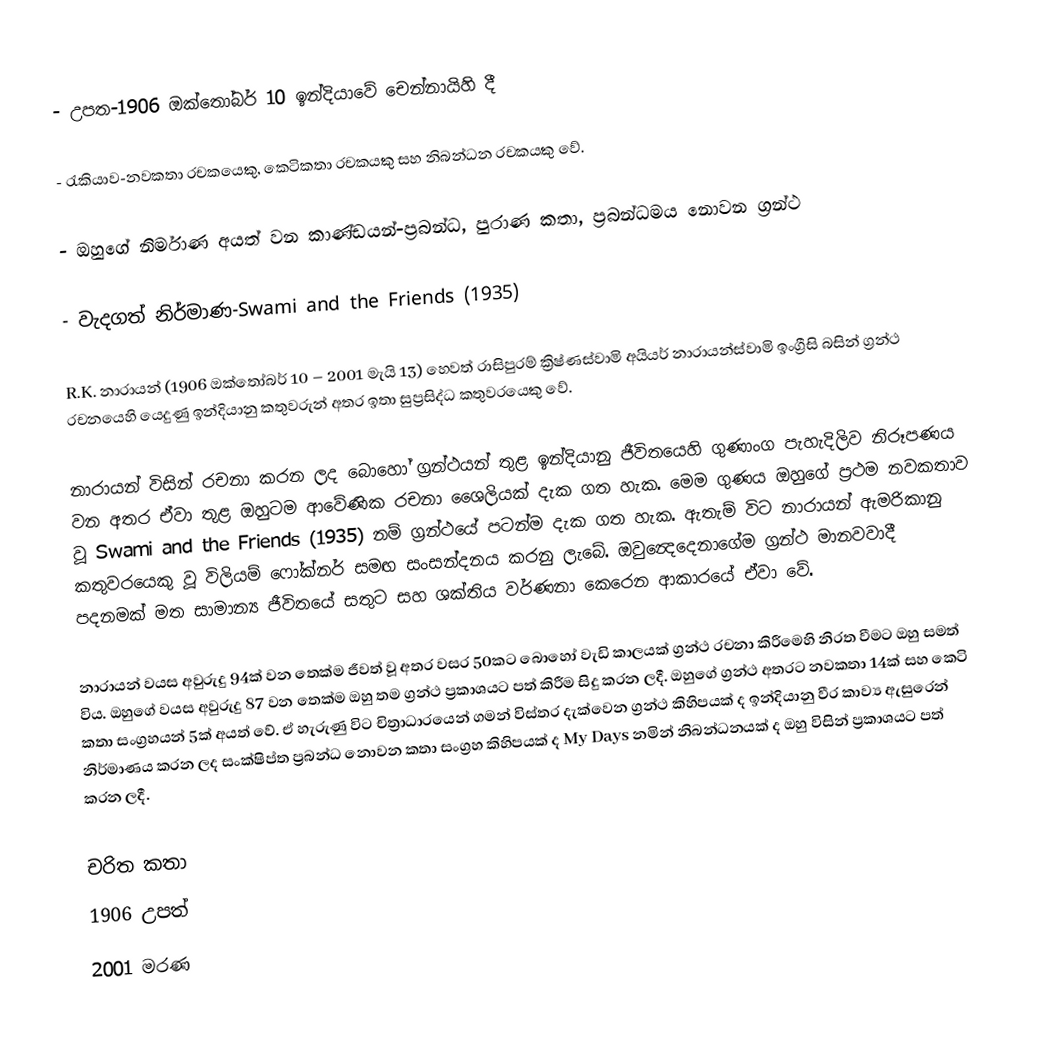
- උපත-1906 ඔක්තෝබර් 10 ඉන්දියාවේ චෙන්නායිහි දී

- රැකියාව-නවකතා රචකයෙකු, කෙටිකතා රචකයකු සහ නිබන්ධන රචකයකු වේ.

- ඔහුගේ නිර්මාණ අයත් වන කාණ්ඩයන්-ප්‍රබන්ධ, පුරාණ කතා, ප්‍රබන්ධමය නොවන ග්‍රන්ථ

- වැදගත් නිර්මාණ-Swami and the Friends (1935)

R.K. නාරායන් (1906 ඔක්තෝබර් 10 – 2001 මැයි 13) හෙවත් රාසිපුරම් ක්‍රිෂ්ණස්වාමි අයියර් නාරායන්ස්වාමි ඉංග්‍රීසි බසින් ග්‍රන්ථ රචනයෙහි යෙදුණු ඉන්දියානු කතුවරුන් අතර ඉතා සුප්‍රසිද්ධ කතුවරයෙකු වේ.

නාරායන් විසින් රචනා කරන ලද බොහෝ ග්‍රන්ථයන් තුළ ඉන්දියානු ජීවිතයෙහි ගුණාංග පැහැදිලිව නිරූපණය වන අතර ඒවා තුළ ඔහුටම ආවේණික රචනා ශෛලියක් දැක ගත හැක. මෙම ගුණය ඔහුගේ ප්‍රථම නවකතාව වූ Swami and the Friends (1935) නම් ග්‍රන්ථයේ පටන්ම දැක ගත හැක. ඇතැම් විට නාරායන් ඇමරිකානු කතුවරයෙකු වූ විලියම් ෆෝක්නර් සමඟ සංසන්දනය කරනු ලැබේ. ඔවුන්‍දෙදෙනාගේම ග්‍රන්ථ මානවවාදී පදනමක් මත සාමාන්‍ය ජීවිතයේ සතුට සහ ශක්තිය වර්ණනා කෙරෙන ආකාරයේ ඒවා වේ.

නාරායන් වයස අවුරුදු 94ක් වන තෙක්ම ජීවත් වූ අතර වසර 50කට බොහෝ වැඩි කාලයක් ග්‍රන්ථ රචනා කිරීමෙහි නිරත වීමට ඔහු සමත් විය. ඔහුගේ වයස අවුරුදු 87 වන තෙක්ම ඔහු තම ග්‍රන්ථ ප්‍රකාශයට පත් කිරීම සිදු කරන ලදී. ඔහුගේ ග්‍රන්ථ අතරට නවකතා 14ක් සහ කෙ‍ටි කතා සංග්‍රහයන් 5ක් අයත් වේ. ඒ හැරුණු විට චිත්‍රාධාරයෙන් ගමන් විස්තර දැක්වෙන ග්‍රන්ථ කිහිපයක් ද ඉන්දියානු වීර කාව්‍ය ඇසුරෙන් නිර්මාණය කරන ලද සංක්ෂිප්ත ප්‍රබන්ධ නොවන කතා සංග්‍රහ කිහිපයක් ද My Days නමින් නිබන්ධනයක් ද ඔහු විසින් ප්‍රකාශයට පත් කරන ලදී.

චරිත කතා
1906 උපත්
2001 මරණ